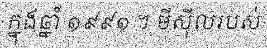
ក្នុងឆ្នាំ ១៩៩១ ។ មីស៊ីលរបស់